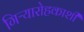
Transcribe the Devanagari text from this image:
गिऱ्यारोहकाशी